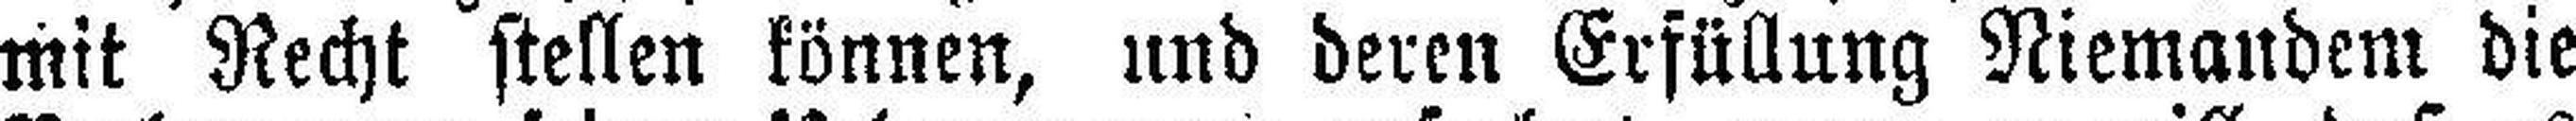
mit Recht stellen können, und deren Erfüllung Niemandem die